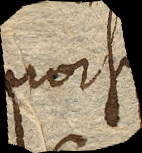
prorsus